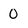
Character: 0